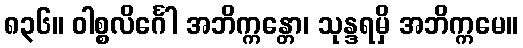
၈၃၆။ ဝါစ္စလိင်္ဂေါ အဘိက္ကန္တော၊ သုန္ဒရမှိ အဘိက္ကမေ။